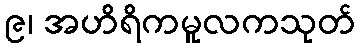
၉၊ အဟိရိကမူလကသုတ်